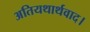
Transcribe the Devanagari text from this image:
अतियथार्थवाद।